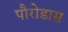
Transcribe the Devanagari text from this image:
पौरोडास